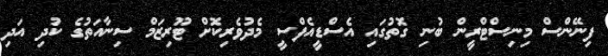
ފިނޭންސް މިނިސްޓްރީން ބުނި ގޮތުގައި އެސްޑީއެފްސީ މެދުވެރިކޮށް ޓޫރިޒަމް ސިނާއަތުގެ ކުދި އަދި